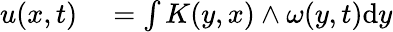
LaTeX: \begin{array}{rl}{u(x,t)}&{{}=\int K(y,x)\wedge\omega(y,t)\mathrm{d}y}\end{array}